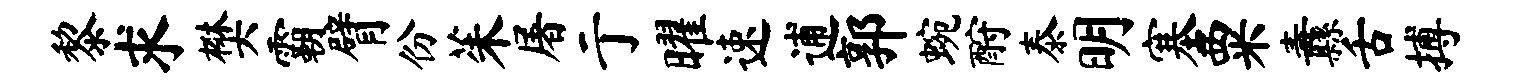
黎求樊霸臂份茱屠亍曜速逋郭蜿酹泰明塞粟纛舌搏